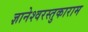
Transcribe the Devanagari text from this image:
ज्ञानेश्वरस्तुकाराम